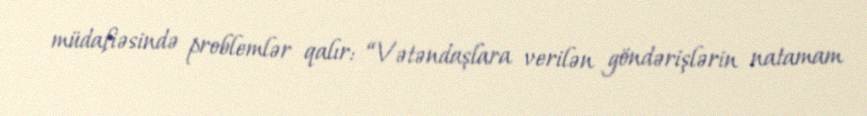
müdafiəsində problemlər qalır: “Vətəndaşlara verilən göndərişlərin natamam